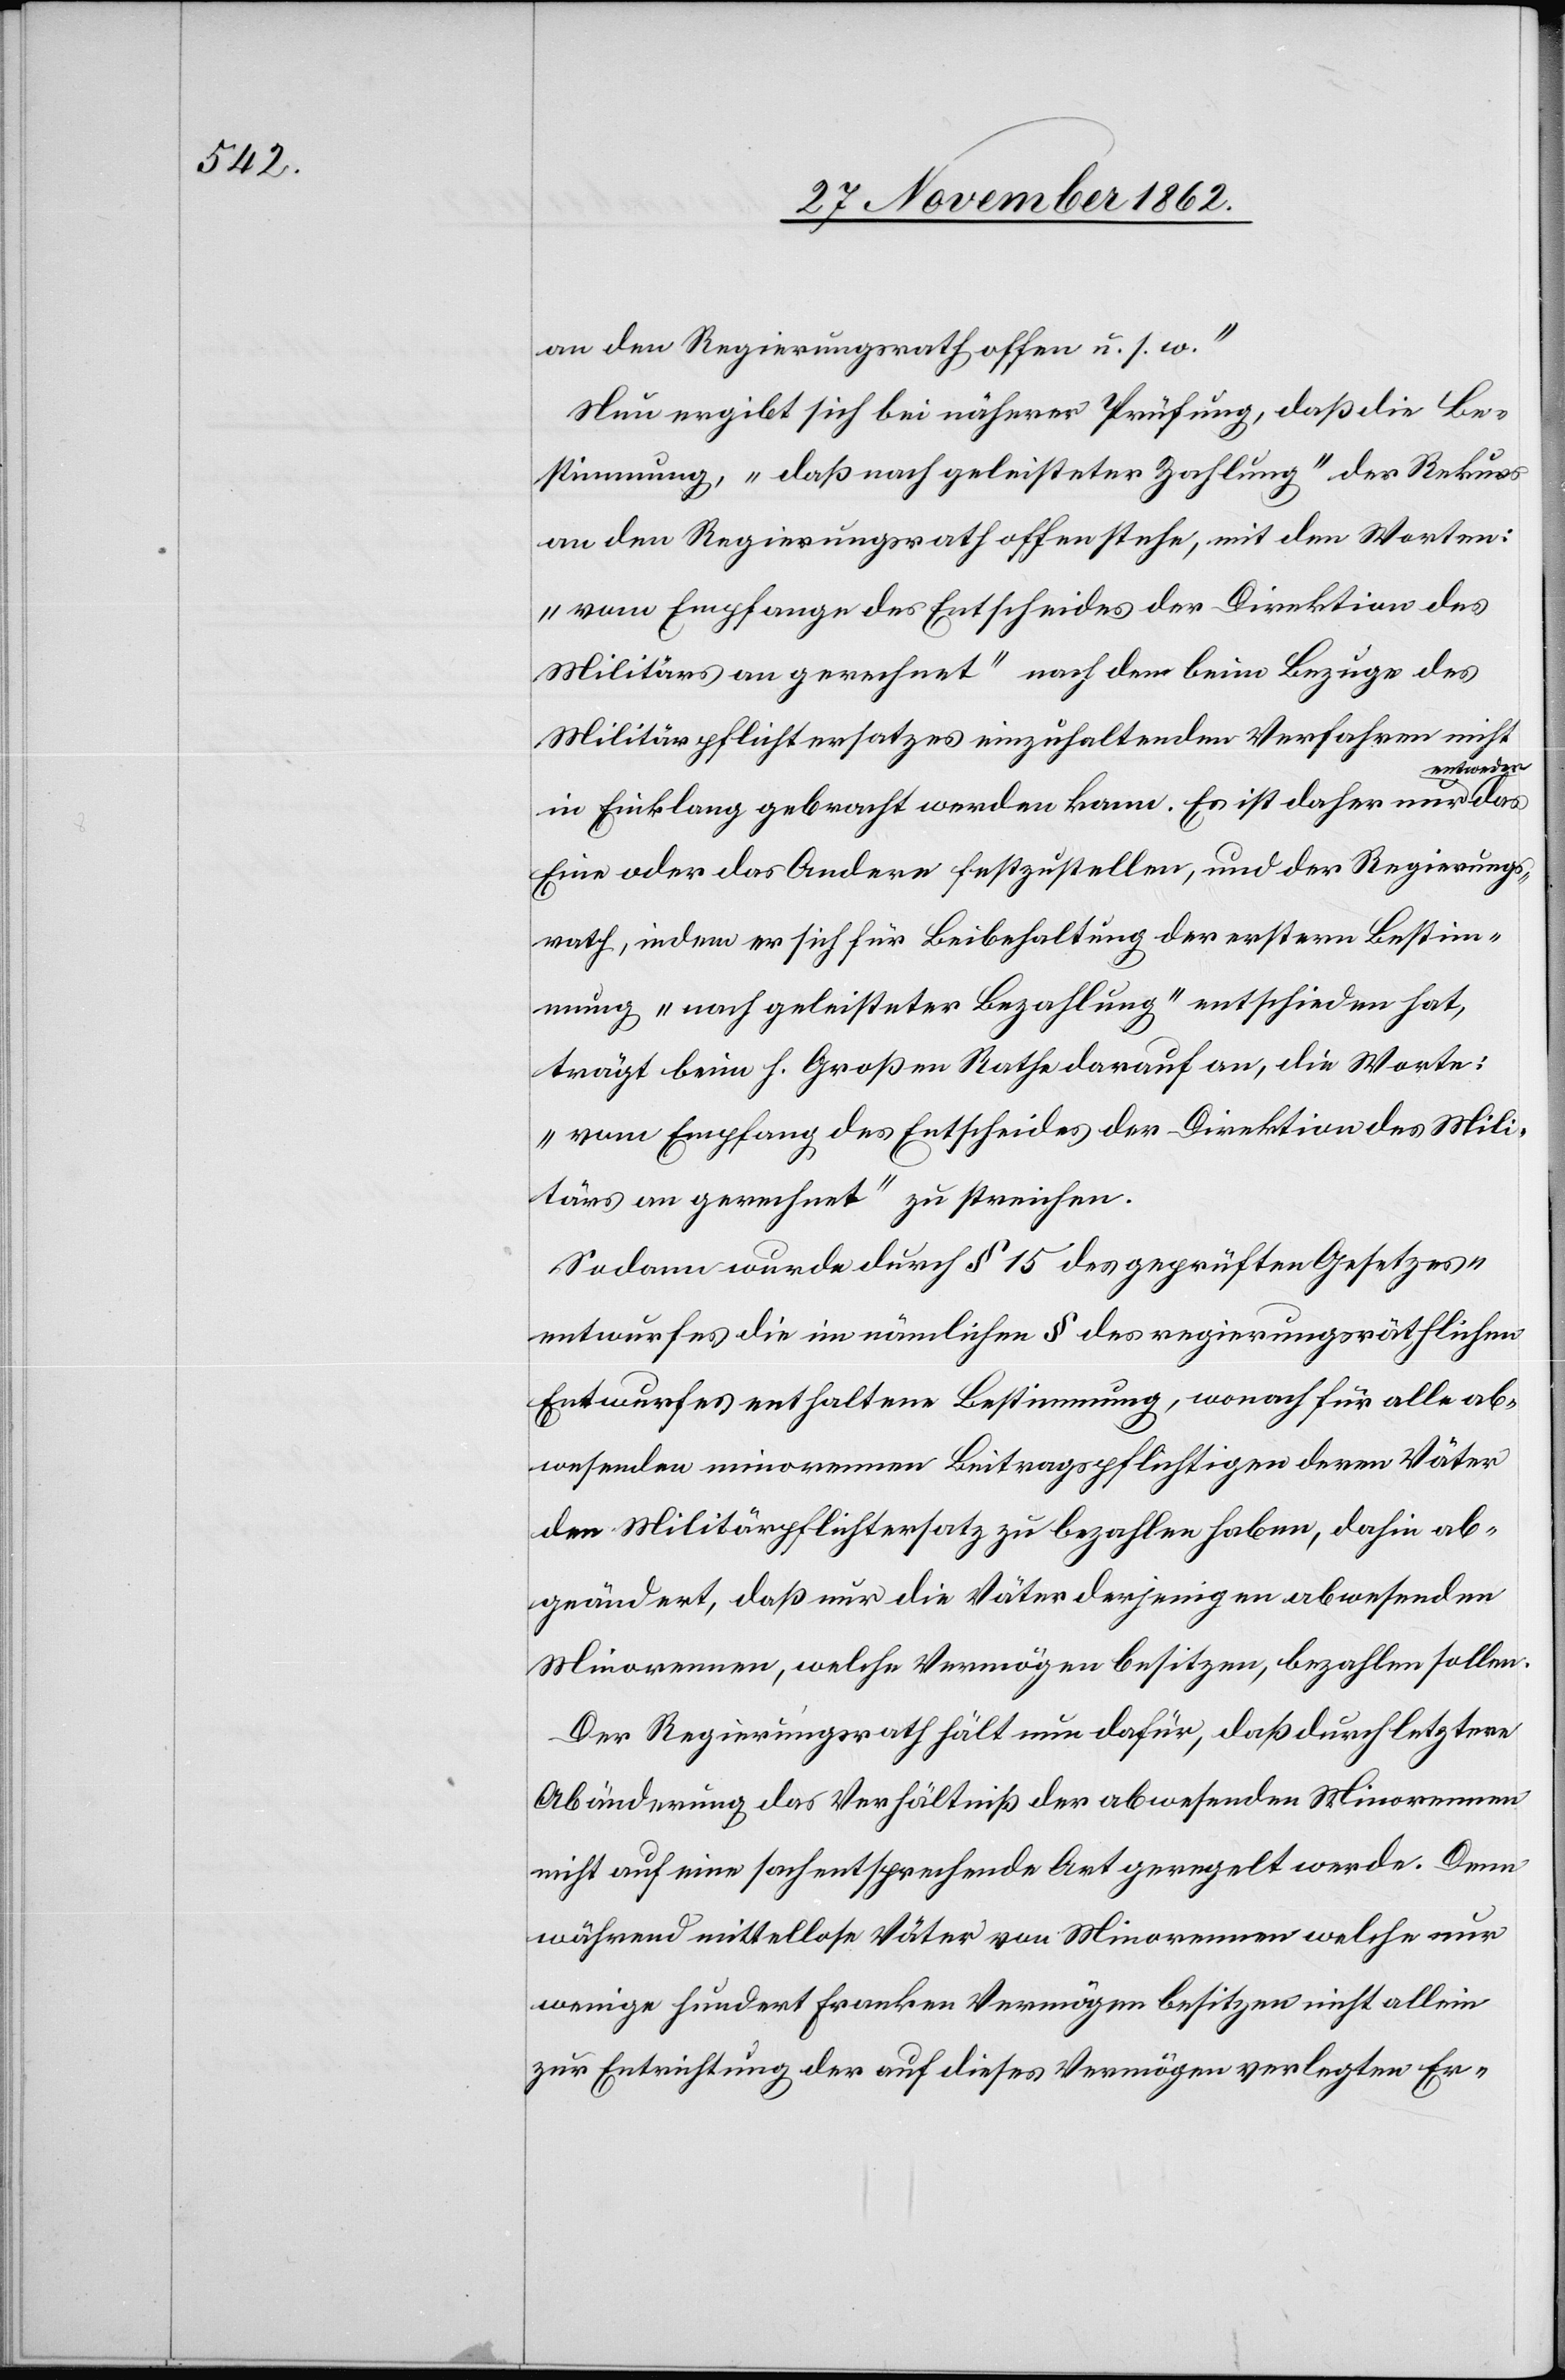
an den Regierungsrath offen u. s. w.“
Nun ergibt sich bei näherer Prüfung, daß die Be¬
stimmung, „daß nach geleisteter Zahlung“ der Rekurs
an den Regierungsrath offen stehe, mit den Worten:
„vom Empfange des Entscheides der Direktion des
Militärs an gerechnet“ nach den beim Bezuge des
Militärpflichtersatzes einzuhaltenden Verfahren nicht
entweder
in Einklang gebracht werden kann. Es ist daher nur
Eine oder das Andere festzustellen, und der Regierungs¬
rath, indem er sich für Beibehaltung der erstern Bestim¬
mung „nach geleisteter Bezahlung“ entschieden hat,
trägt beim h. Großen Rathe darauf an, die Worte:
„vom Empfang des Entscheides der Direktion des Mili¬
tärs an gerechnet“ zu streichen.
Sodann wurde durch § 15 des geprüften Gesetzes¬
entwurfes die im nämlichen § des regierungsräthlichen
Entwurfes enthaltene Bestimmung, wonach für alle ab¬
wesenden minorennen Beitragspflichtigen deren Väter
den Militärpflichtersatz zu bezahlen haben, dahin ab¬
geändert, daß nur die Väter derjenigen abwesenden
Minorennen, welche Vermögen besitzen, bezahlen sollen.
Der Regierungsrath hält nun dafür, daß durch letztere
Abänderung das Verhältniß der abwesenden Minorennen
nicht auf eine sachentsprechende Art geregelt werde. Denn
während mittellose Väter von Minorennen welche nur
wenige hundert Franken Vermögen besitzen nicht allein
zur Entrichtung der auf dieses Vermögen verlegten Er-